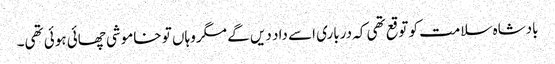
بادشاہ سلامت کو توقع تھی کہ درباری اسے داد دیں گے مگر وہاں تو خاموشی چھائی ہوئی تھی۔